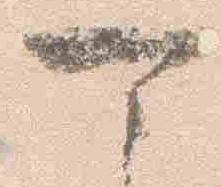
可